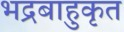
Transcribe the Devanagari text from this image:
भद्रबाहुकृत